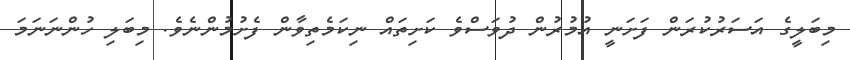
މިބަލީގެ އަސަރުކުރަން ފަށަނީ އުމުރުން ދުވަސްވެ ކަށިތައް ނިކަމެތިވާން ފެށުމުންނެވެ. މިބަލި ހުންނަނަމަ